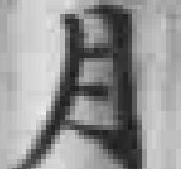
月